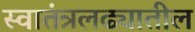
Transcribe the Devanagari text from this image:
स्वातंत्रलढ्यातील